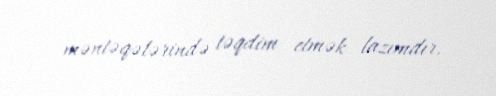
məntəqələrində təqdim etmək lazımdır.